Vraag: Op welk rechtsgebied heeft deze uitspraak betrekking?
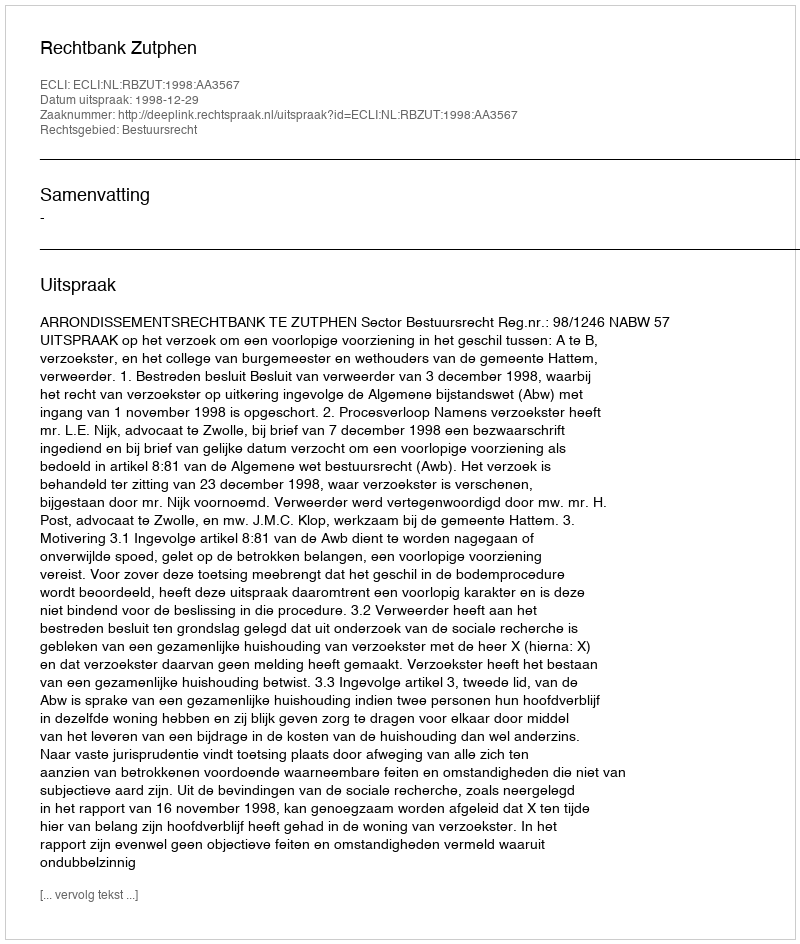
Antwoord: Bestuursrecht